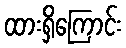
ထားရှိကြောင်း